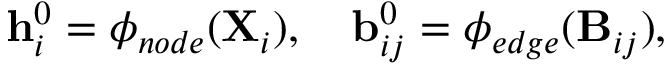
\mathbf { h } _ { i } ^ { 0 } = \phi _ { n o d e } ( \mathbf { X } _ { i } ) , ~ ~ ~ \mathbf { b } _ { i j } ^ { 0 } = \phi _ { e d g e } ( \mathbf { B } _ { i j } ) ,